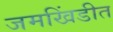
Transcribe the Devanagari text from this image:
जमखिंडीत